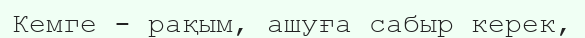
Кемге - рақым, ашуға сабыр керек,